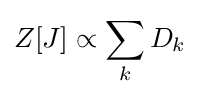
Z[J]\propto \sum _{k}{D_{k}}